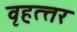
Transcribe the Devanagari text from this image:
वृहत्‍तर